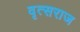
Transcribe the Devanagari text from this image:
वृत्सराज